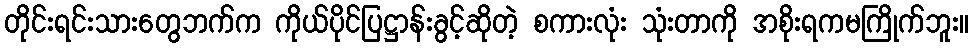
တိုင်းရင်းသားတွေဘက်က ကိုယ်ပိုင်ပြဋ္ဌာန်းခွင့်ဆိုတဲ့ စကားလုံး သုံးတာကို အစိုးရကမကြိုက်ဘူး။